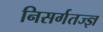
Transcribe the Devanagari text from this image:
निसर्गतज्ज्ञ